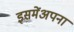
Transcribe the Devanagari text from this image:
इसमेंअपना